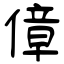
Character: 傽